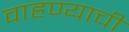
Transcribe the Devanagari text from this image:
वाहण्‍याची